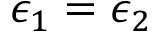
\epsilon _ { 1 } = \epsilon _ { 2 }